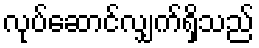
လုပ်ဆောင်လျှက်ရှိသည်